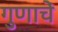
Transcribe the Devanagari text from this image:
गुणाचें